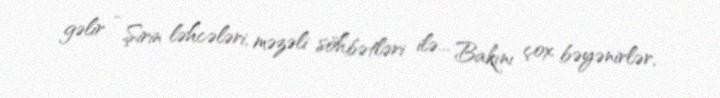
gəlir - Şirin ləhcələri, məzəli söhbətləri ilə... Bakını çox bəyənirlər,